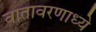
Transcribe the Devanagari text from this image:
वातावरणाध्ये